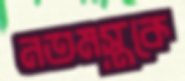
নতমস্তকে